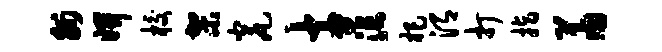
州妍校架瓮士茫杷渭打指萧